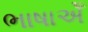
ભાષાએઁ